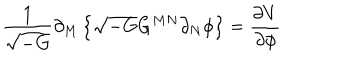
LaTeX: \frac { 1 } { \sqrt { - G } } \partial _ { M } \left\{ \sqrt { - G } G ^ { M N } \partial _ { N } \phi \right\} = \frac { \partial V } { \partial \phi }